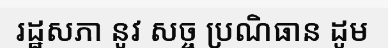
រដ្ឋសភា នូវ សច្ច ប្រណិធាន ដូម